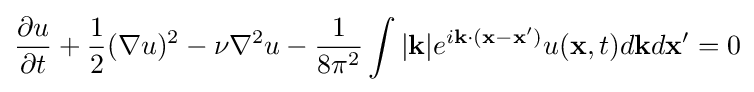
{\frac {\partial u}{\partial t}}+{\frac {1}{2}}(\nabla u)^{2}-\nu \nabla ^{2}u-{\frac {1}{8\pi ^{2}}}\int |\mathbf {k} |e^{i\mathbf {k} \cdot (\mathbf {x} -\mathbf {x} ')}u(\mathbf {x} ,t)d\mathbf {k} d\mathbf {x} '=0